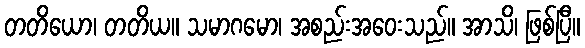
တတိယော၊ တတိယ။ သမာဂမော၊ အစည်းအဝေးသည်။ အာသိ၊ ဖြစ်ပြီ။